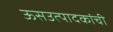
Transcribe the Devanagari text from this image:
ऊसउत्पादकांची